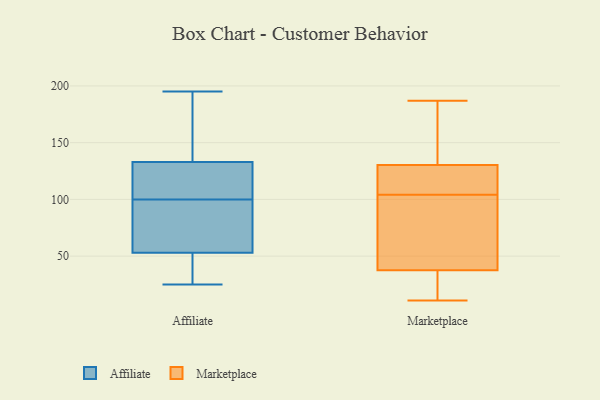
{"axis": {"x": "Revenue (USD Million)", "y": "Value"}, "legend": ["Affiliate", "Marketplace"], "data": [{"x": "", "y": 102, "type": "Affiliate"}, {"x": "", "y": 50, "type": "Affiliate"}, {"x": "", "y": 195, "type": "Affiliate"}, {"x": "", "y": 100, "type": "Affiliate"}, {"x": "", "y": 77, "type": "Affiliate"}, {"x": "", "y": 133, "type": "Affiliate"}, {"x": "", "y": 189, "type": "Affiliate"}, {"x": "", "y": 25, "type": "Affiliate"}, {"x": "", "y": 98, "type": "Affiliate"}, {"x": "", "y": 39, "type": "Affiliate"}, {"x": "", "y": 53, "type": "Affiliate"}, {"x": "", "y": 128, "type": "Affiliate"}, {"x": "", "y": 100, "type": "Affiliate"}, {"x": "", "y": 185, "type": "Affiliate"}, {"x": "", "y": 57, "type": "Marketplace"}, {"x": "", "y": 104, "type": "Marketplace"}, {"x": "", "y": 163, "type": "Marketplace"}, {"x": "", "y": 187, "type": "Marketplace"}, {"x": "", "y": 97, "type": "Marketplace"}, {"x": "", "y": 117, "type": "Marketplace"}, {"x": "", "y": 122, "type": "Marketplace"}, {"x": "", "y": 19, "type": "Marketplace"}, {"x": "", "y": 133, "type": "Marketplace"}, {"x": "", "y": 11, "type": "Marketplace"}, {"x": "", "y": 31, "type": "Marketplace"}]}